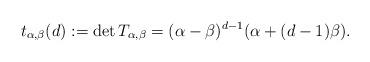
LaTeX: \begin{align*} t_{\alpha,\beta}(d):=\det T_{\alpha,\beta}= (\alpha -\beta)^{d-1} (\alpha+(d-1)\beta). \end{align*}